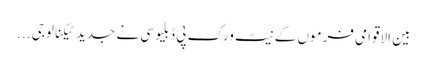
بین الاقوامی فرموں کے نیٹ ورک پی ڈبلیو سی نے جدید ٹیکنالوجی ...